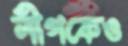
লীগকেও